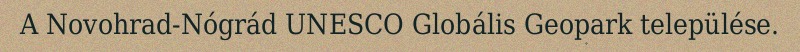
A Novohrad-Nógrád UNESCO Globális Geopark települése.